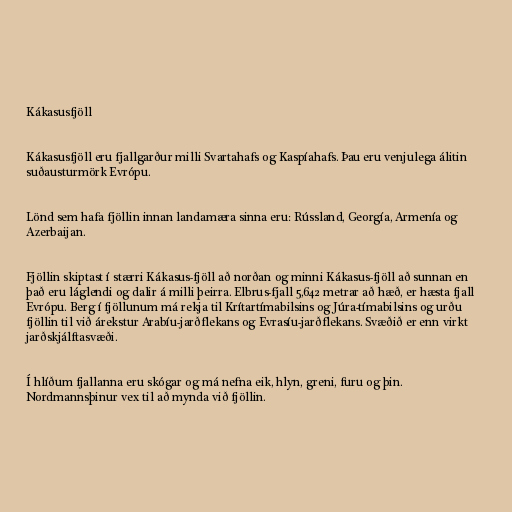
Kákasusfjöll

Kákasusfjöll eru fjallgarður milli Svartahafs og Kaspíahafs. Þau eru venjulega álitin
suðausturmörk Evrópu.

Lönd sem hafa fjöllin innan landamæra sinna eru: Rússland, Georgía, Armenía og
Azerbaijan.

Fjöllin skiptast í stærri Kákasus-fjöll að norðan og minni Kákasus-fjöll að sunnan en
það eru láglendi og dalir á milli þeirra. Elbrus-fjall 5,642 metrar að hæð, er hæsta fjall
Evrópu. Berg í fjöllunum má rekja til Krítartímabilsins og Júra-tímabilsins og urðu
fjöllin til við árekstur Arabíu-jarðflekans og Evrasíu-jarðflekans. Svæðið er enn virkt
jarðskjálftasvæði.

Í hlíðum fjallanna eru skógar og má nefna eik, hlyn, greni, furu og þin.
Nordmannsþinur vex til að mynda við fjöllin.